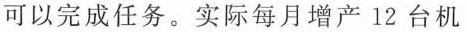
可以完成任务。实际每月增产12台机